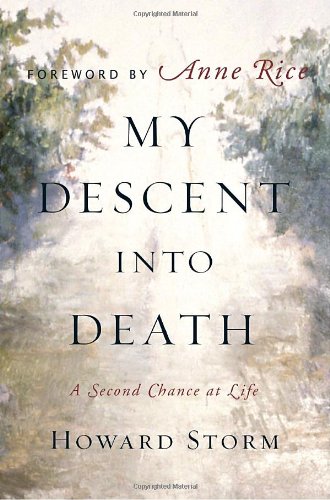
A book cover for My Descent Into Death: A Second Chance at Life; Howard Storm; Religion & Spirituality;